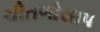
ચીતળોસાપ